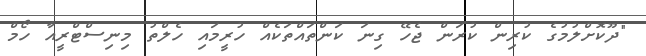
"ދޫކޮށްލުމުގެ ކުރިން ކުރަން ޖެހޭ ގިނަ ކަންތައްތަކެއް ހުރީމައި ހެލްތު މިނިސްޓްރީއާ ހޯމް